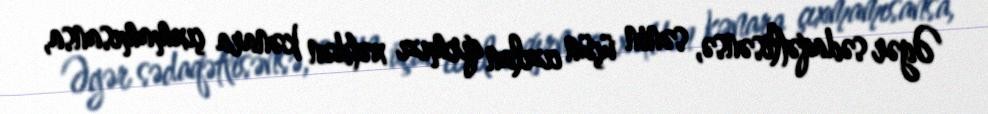
Əgər sədaqətlisənsə, sənin üçün cızılan qırmızı xətdən kənara çıxmamısansa,